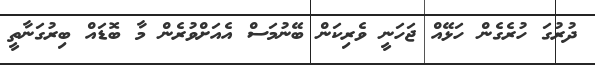
ދުރުގަ ހުރެގެން ހަޅޭއް ޖަހަނީ ވެރިކަން ބޭނުމަސް އެއަށްވުރެން މާ ބޮޑައް ބިރުގަނާތީ